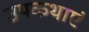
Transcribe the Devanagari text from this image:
उपकथाएं